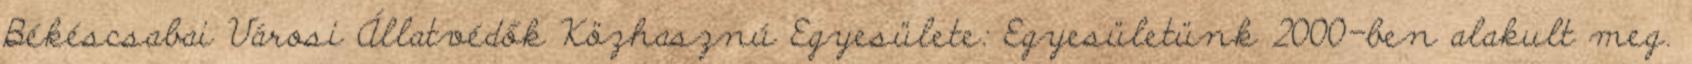
Békéscsabai Városi Állatvédők Közhasznú Egyesülete: Egyesületünk 2000-ben alakult meg.